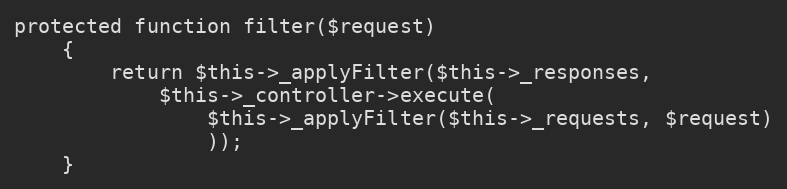
Language: PHP
protected function filter($request)
	{
		return $this->_applyFilter($this->_responses,
			$this->_controller->execute(
				$this->_applyFilter($this->_requests, $request)
				));
	}